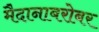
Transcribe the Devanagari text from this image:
मैदानाबरोबर